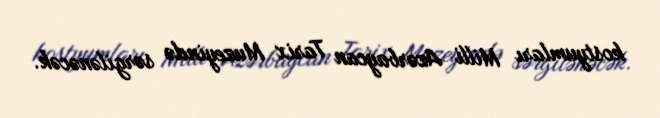
kostyumları Milli Azərbaycan Tarix Muzeyində sərgilənəcək.